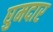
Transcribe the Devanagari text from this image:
घुमदार